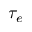
\tau _ { e }